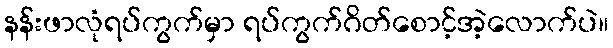
နန်းဖာလုံရပ်ကွက်မှာ ရပ်ကွက်ဂိတ်စောင့်အဲ့လောက်ပဲ။